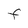
Character: F